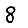
Digit: 8